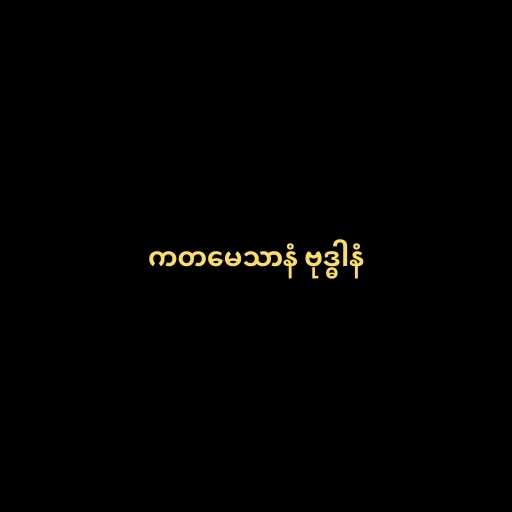
ကတမေသာနံ ဗုဒ္ဓါနံ